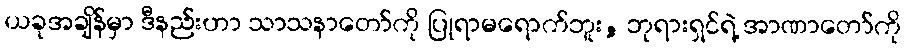
ယခုအချိန်မှာ ဒီနည်းဟာ သာသနာတော်ကို ပြုရာမရောက်ဘူး, ဘုရားရှင်ရဲ့ အာဏာတော်ကို